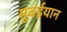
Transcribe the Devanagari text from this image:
मुबईयान